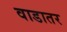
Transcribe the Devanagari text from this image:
वाडातर